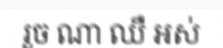
រួច ណា ឈឺ អស់